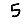
Digit: 5